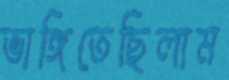
ভাঙ্গিতেছিলাম